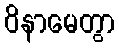
ဝိနာမေတွာ